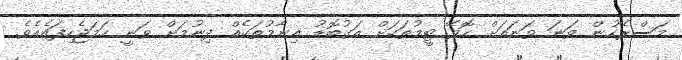
މަސްރޭހުން ވަނަ ވަނައަށް ހޮވޭ ޓީމުތަކަށް އަގުބޮޑު އިނާމުތަކެއް ދިނުމަށް ވަނީ ހަމަޖެހިފައެއެވެ.